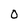
Character: 0